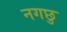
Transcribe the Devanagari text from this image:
नगछु